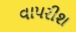
વાપરીશ